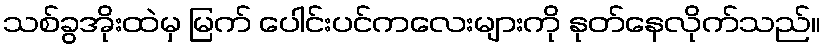
သစ်ခွအိုးထဲမှ မြက် ပေါင်းပင်ကလေးများကို နုတ်နေလိုက်သည်။